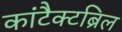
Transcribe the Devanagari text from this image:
कांटैक्टब्रिल